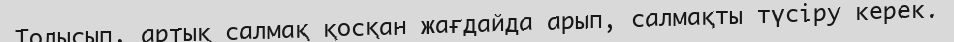
Толысып, артық салмақ қосқан жағдайда арып, салмақты түсіру керек.